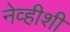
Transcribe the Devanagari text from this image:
नेव्हीशी